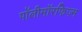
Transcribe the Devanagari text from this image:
पॉलीमॉरफिज़्म